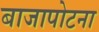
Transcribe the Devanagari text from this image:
बाजापोटना